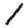
Digit: 1